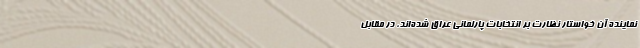
نماینده آن خواستار نظارت بر انتخابات پارلمانی عراق شده‌اند، در مقابل